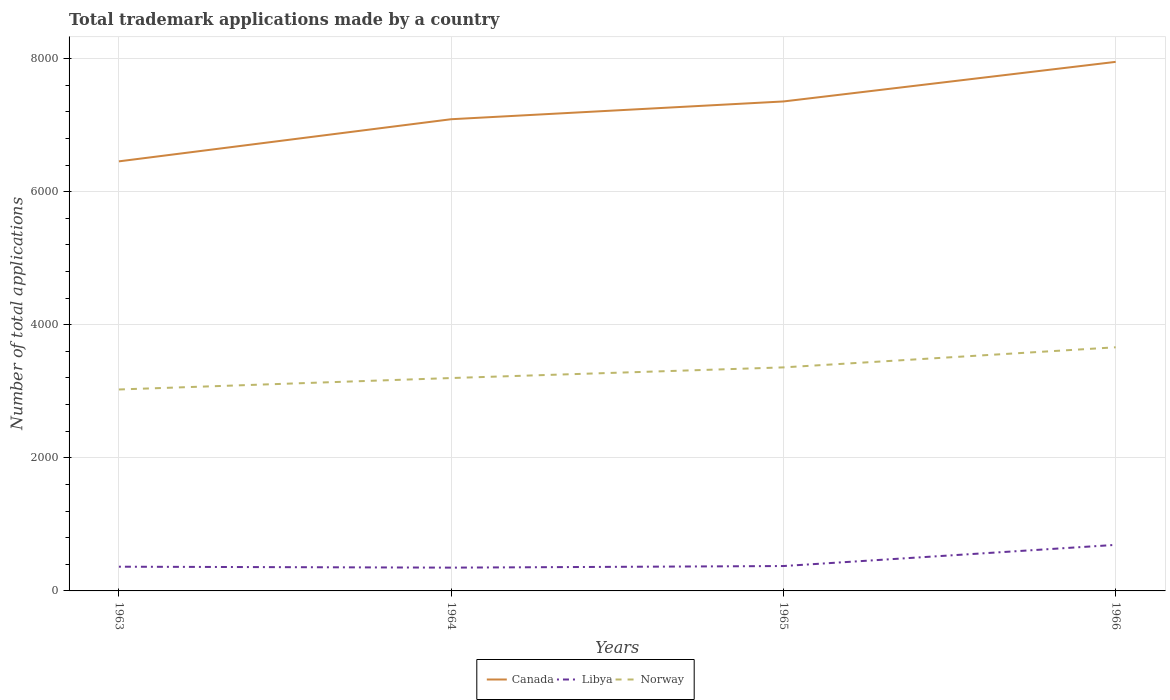
| Years | Canada | Libya | Norway |
 | --- | --- | --- | --- |
 | 1963 | 6.46e+03 | 364 | 3.03e+03 |
 | 1964 | 7.09e+03 | 350 | 3.2e+03 |
 | 1965 | 7.36e+03 | 374 | 3.36e+03 |
 | 1966 | 7.95e+03 | 692 | 3.66e+03 |